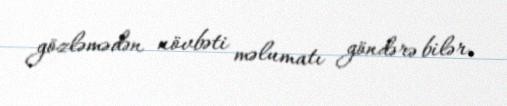
gözləmədən növbəti məlumatı göndərə bilər.